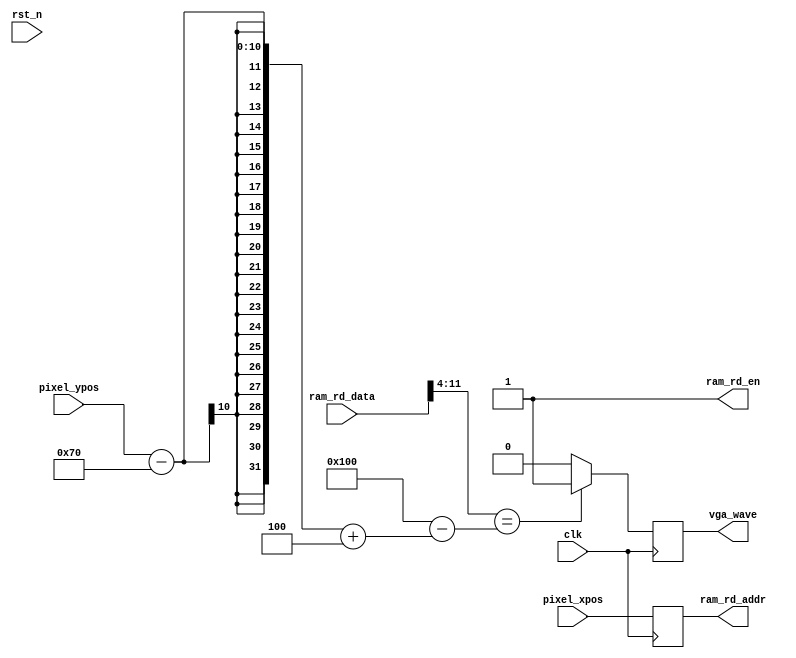
module ram_rd(
    input                   clk,            //
    input                   rst_n,          //
    input   wire    [9:0]   pixel_xpos,
    input   wire    [9:0]   pixel_ypos,
                                    
    //RAM                         
    output                  ram_rd_en,      //ram
    output  reg     [9:0]   ram_rd_addr,    //ram     
    input           [11:0]  ram_rd_data,    //ram

    output reg              vga_wave
);

reg  [5:0]  rd_cnt;                 //

// //rd_cnt0~31,ram_rd_en
// assign ram_rd_en = ((rd_cnt>=6'd0) && (rd_cnt<=6'd31) && rst_n) ? 1'b1 : 1'b0;
assign ram_rd_en = 1'b1; 

always @(posedge clk) begin
    ram_rd_addr <= pixel_xpos;
end

always @(posedge clk) begin
    if(ram_rd_data[11:4] == (256 - (pixel_ypos - 112 + 4))) begin
        vga_wave <= 1'b1;
    end
    else begin
        vga_wave <= 1'b0;
    end
end

endmodule